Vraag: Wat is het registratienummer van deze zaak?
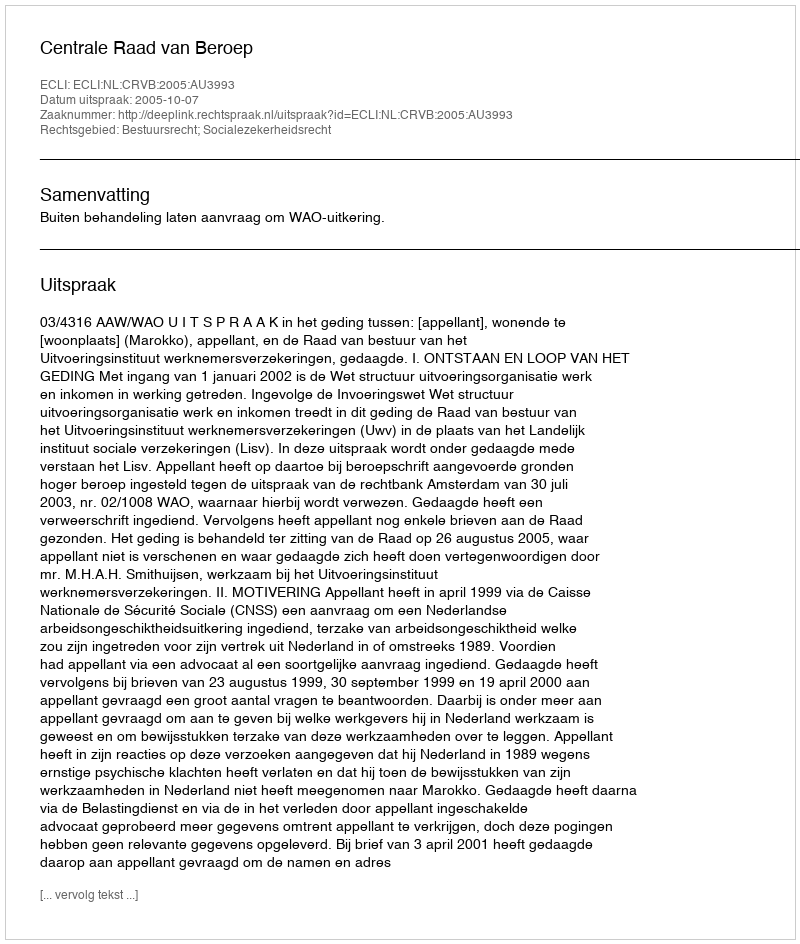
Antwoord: http://deeplink.rechtspraak.nl/uitspraak?id=ECLI:NL:CRVB:2005:AU3993